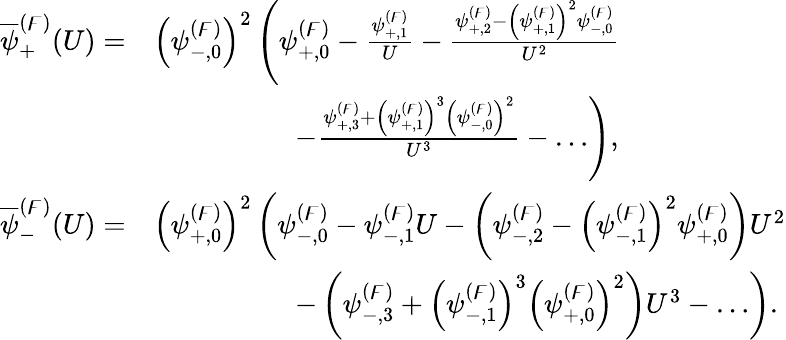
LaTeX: \begin{array}{rl}{\overline{{\psi}}_{+}^{(\digamma)}(U)=}&{\left(\psi_{-,0}^{(\digamma)}\right)^{2}\left(\psi_{+,0}^{(\digamma)}-\frac{\psi_{+,1}^{(\digamma)}}{U}-\frac{\psi_{+,2}^{(\digamma)}-\left(\psi_{+,1}^{(\digamma)}\right)^{2}\psi_{-,0}^{(\digamma)}}{U^{2}}\right.}\\ &{\qquad\qquad\quad\left.-\frac{\psi_{+,3}^{(\digamma)}+\left(\psi_{+,1}^{(\digamma)}\right)^{3}\left(\psi_{-,0}^{(\digamma)}\right)^{2}}{U^{3}}-\dots\right),}\\ {\overline{{\psi}}_{-}^{(\digamma)}(U)=}&{\left(\psi_{+,0}^{(\digamma)}\right)^{2}\left(\psi_{-,0}^{(\digamma)}-\psi_{-,1}^{(\digamma)}U-\left(\psi_{-,2}^{(\digamma)}-\left(\psi_{-,1}^{(\digamma)}\right)^{2}\psi_{+,0}^{(\digamma)}\right)U^{2}\right.}\\ &{\qquad\qquad\quad\left.-\left(\psi_{-,3}^{(\digamma)}+\left(\psi_{-,1}^{(\digamma)}\right)^{3}\left(\psi_{+,0}^{(\digamma)}\right)^{2}\right)U^{3}-\dots\right).}\end{array}